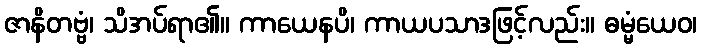
ဇာနိတဗ္ဗံ၊ သိအပ်ရာ၏။ ကာယေနပိ၊ ကာယပသာဒဖြင့်လည်း။ ဓမ္မံယေဝ၊